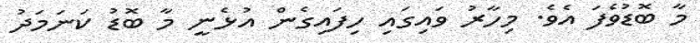
މާ ބޮޑުވެފަ އެވެ. މިހާރު ވައިގައި ހިފައިގެން އުޅެނީ މާ ބޮޑު ކަނަމަދު